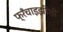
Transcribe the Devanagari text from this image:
फ्रँचाइझींशी